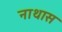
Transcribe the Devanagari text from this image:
नाथास